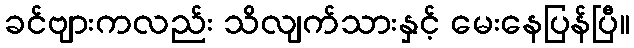
ခင်ဗျားကလည်း သိလျက်သားနှင့် မေးနေပြန်ပြီ။